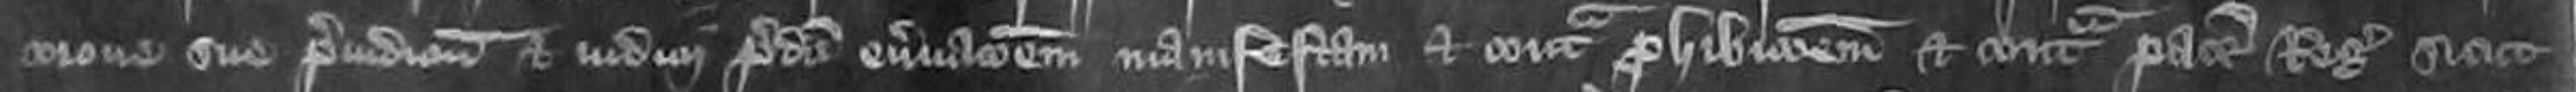
corone sue preiudicium et iudicii predicti enervacionem manifestam et contra prohibitionem et contra pacem Regis sicut